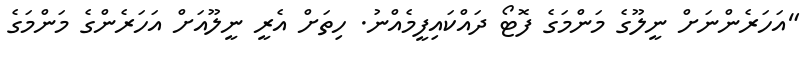
"އަހަރެންނަށް ނީލޫގެ މަންމަގެ ފޮޓޯ ދައްކައިފީމެއްނު. ހިތަށް އެރީ ނީލޫއަށް އަހަރެންގެ މަންމަގެ